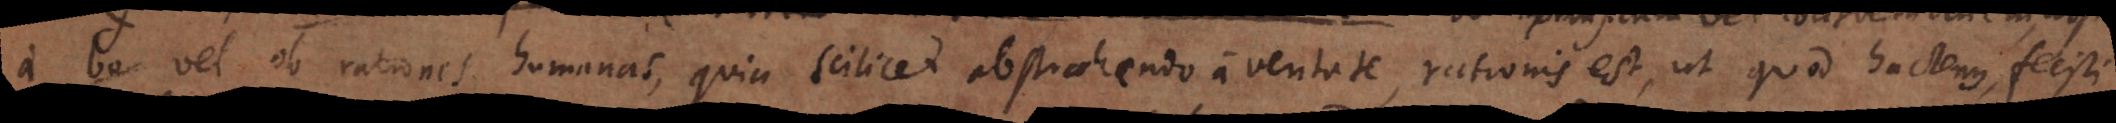
a bo vel ob rationes humanas, quia scilicet abstrahendo a veritate, rationis est, ut quod hactenus, fecisti